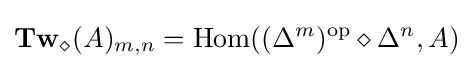
\mathbf {Tw} _{\diamond }(A)_{m,n}=\operatorname {Hom} ((\Delta ^{m})^{\mathrm {op} }\diamond \Delta ^{n},A)